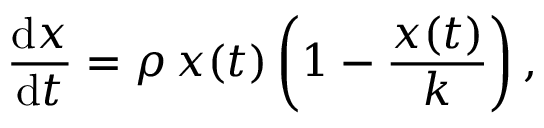
{ \frac { \mathrm { d } x } { \mathrm { d } t } } = \rho \, x ( t ) \left( 1 - { \frac { x ( t ) } { k } } \right) ,